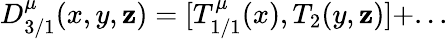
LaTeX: D_{3/1}^{\mu}(x,y,\mathbf{z})=[T_{1/1}^{\mu}(x),T_{2}(y,\mathbf{z})]+...